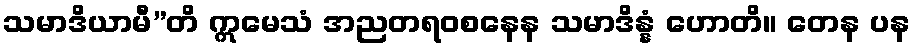
သမာဒိယာမီ”တိ ဣမေသံ အညတရဝစနေန သမာဒိန္နံ ဟောတိ။ တေန ပန